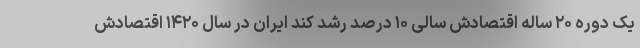
یک دوره ۲۰ ساله اقتصادش سالی ۱۰ درصد رشد کند ایران در سال ۱۴۲۰ اقتصادش